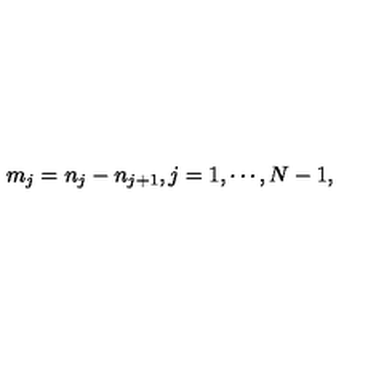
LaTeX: m _ { j } = n _ { j } - n _ { j + 1 } , j = 1 , \cdots , N - 1 ,